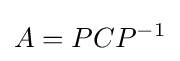
A=PCP^{-1}